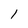
Character: 1